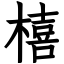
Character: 橲